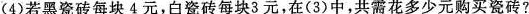
(4)若黑瓷砖每块4元，白瓷砖每块3元，在(3)中，共需花多少元购买瓷砖?